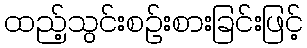
ထည့်သွင်းစဉ်းစားခြင်းဖြင့်